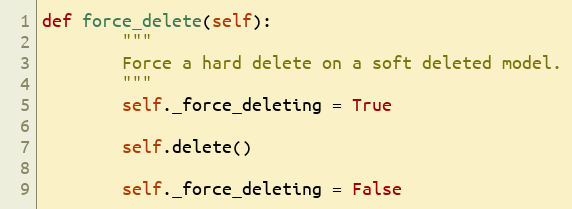
Language: Python
def force_delete(self):
        """
        Force a hard delete on a soft deleted model.
        """
        self._force_deleting = True

        self.delete()

        self._force_deleting = False